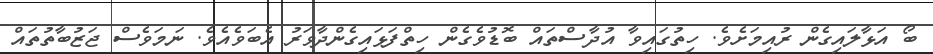
ބޯ އަޅާލައިގެން ރުއިމަށެވެ. ހިތުގައިވާ އުދާސްތައް ބޮޑުވެގެން ހިތްފަޅައިގެންދާވަރު އެބަވެއެވެ. ނަމަވެސް ޖަޒުބާތުތައް